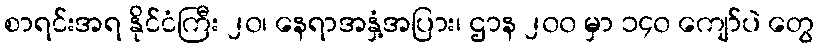
စာရင်းအရ နိုင်ငံကြီး ၂၀၊ နေရာအနှံ့အပြား၊ ဌာန ၂၀၀ မှာ ၁၄၀ ကျော်ပဲ တွေ